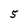
Character: 5